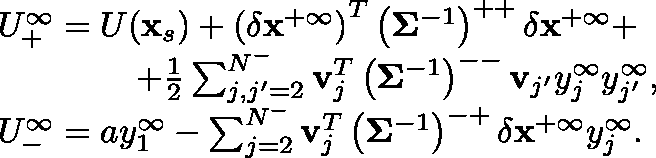
\begin{array} { r l } & { U _ { + } ^ { \infty } = U ( \mathbf { x } _ { s } ) + \left( \delta { \mathbf { x } } ^ { + \infty } \right) ^ { T } \left( \mathbf { \Sigma } ^ { - 1 } \right) ^ { + + } \delta { \mathbf { x } } ^ { + \infty } + } \\ & { \ \ \ \ \ \ \ \ \ \ \ \ + \frac { 1 } { 2 } \sum _ { j , j ^ { \prime } = 2 } ^ { N ^ { - } } \mathbf { v } _ { j } ^ { T } \left( \mathbf { \Sigma } ^ { - 1 } \right) ^ { -- } \mathbf { v } _ { j ^ { \prime } } y _ { j } ^ { \infty } y _ { j ^ { \prime } } ^ { \infty } , } \\ & { U _ { - } ^ { \infty } = a y _ { 1 } ^ { \infty } - \sum _ { j = 2 } ^ { N ^ { - } } \mathbf { v } _ { j } ^ { T } \left( \mathbf { \Sigma } ^ { - 1 } \right) ^ { - + } \delta \mathbf { x } ^ { + \infty } y _ { j } ^ { \infty } . } \end{array}